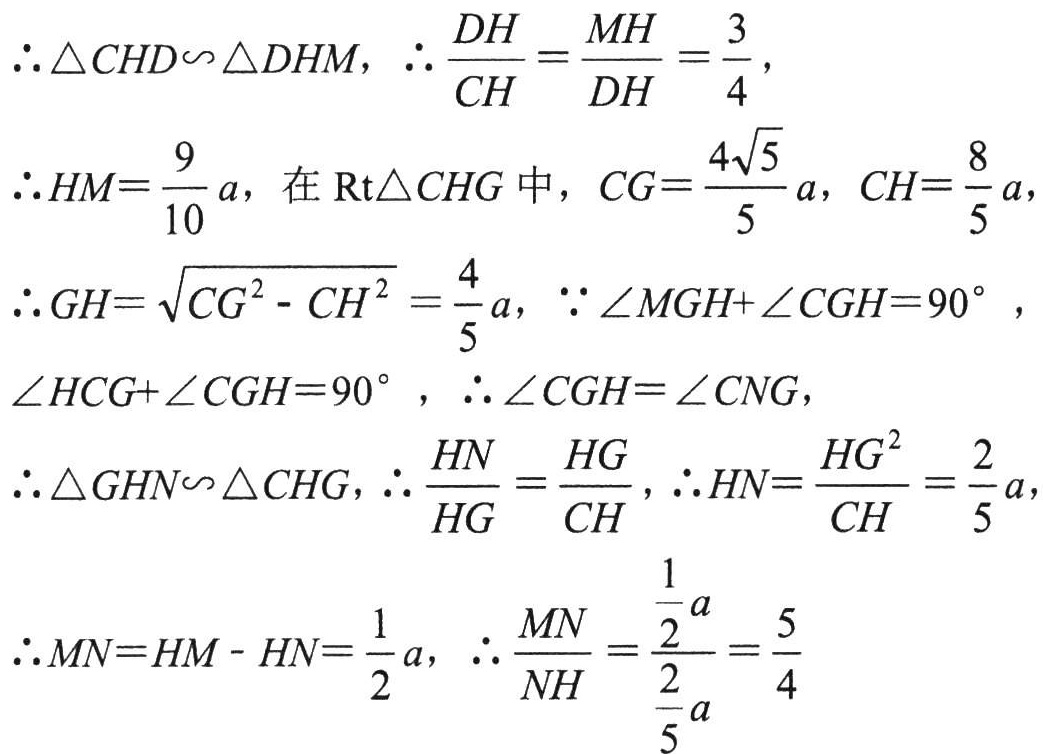
\(\therefore \triangle CHD\backsim \triangle DHM,\ \therefore \frac{DH}{CH}=\frac{MH}{DH}=\frac{3}{4}\),
\(\therefore HM = \frac{9}{10}a\), 在\(\text{Rt}\triangle CHG\)中，\(CG = \frac{4\sqrt{5}}{5}a,\ CH=\frac{8}{5}a\),
\(\therefore GH=\sqrt{CG^{2}-CH^{2}}=\frac{4}{5}a,\ \because \angle MGH + \angle CGH = 90^{\circ}\),
\(\angle HCG+\angle CGH = 90^{\circ},\ \therefore \angle CGH=\angle CNG\),
\(\therefore \triangle GHN\backsim \triangle CHG,\ \therefore \frac{HN}{HG}=\frac{HG}{CH},\ \therefore HN=\frac{HG^{2}}{CH}=\frac{2}{5}a\),
\(\therefore MN = HM - HN=\frac{1}{2}a,\ \therefore \frac{MN}{NH}=\frac{\frac{1}{2}a}{\frac{2}{5}a}=\frac{5}{4}\)